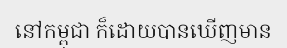
នៅកម្ពុជា ក៏ដោយបានឃើញមាន